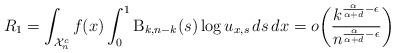
LaTeX: \begin{align*}R_1 = \int_{\mathcal{X}_n^c} f(x) \int_0^1 \mathrm{B}_{k,n-k}(s) \log u_{x,s} \,ds \,dx = o \biggl( \frac{k^{\frac{\alpha}{\alpha+d}-\epsilon}}{n^{\frac{\alpha}{\alpha+d}-\epsilon}} \biggr)\end{align*}